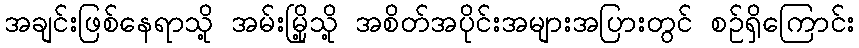
အချင်းဖြစ်နေရာသို့ အမ်းမြို့သို့ အစိတ်အပိုင်းအများအပြားတွင် စဉ်ရှိကြောင်း